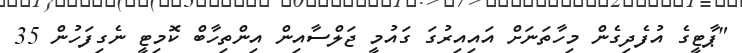
"ޕާޓީގެ އުފެދިގެން މިހާތަނަށް އައިއިރުގަ ގައުމީ ޖަލްސާއިން އިންތިހާބް ކޮމިޓީ ނެގިފަހުން 35